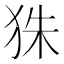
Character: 𤝹